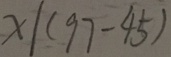
x \vert ( 9 7 - 4 5 )